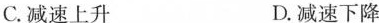
C.减速上升 D.减速下降